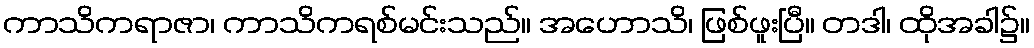
ကာသိကရာဇာ၊ ကာသိကရစ်မင်းသည်။ အဟောသိ၊ ဖြစ်ဖူးပြီ။ တဒါ၊ ထိုအခါ၌။